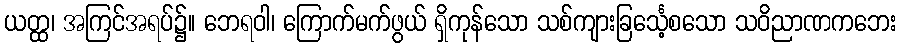
ယတ္ထ၊ အကြင်အရပ်၌။ ဘေရဝါ၊ ကြောက်မက်ဖွယ် ရှိကုန်သော သစ်ကျားခြင်္သေ့စသော သဝိညာဏကဘေး